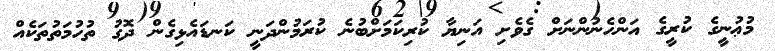
މުޢުނީގެ ކުރީގެ އަންހެނުންނަށް ގެވެށި އަނިޔާ ކުރިކަމަށްބުނެ ކުރަމުންދަނީ ކަނޑައެޅިގެން ދޮގު ތުހުމަތުތަކެއް